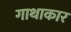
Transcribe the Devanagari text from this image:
गाथाकार